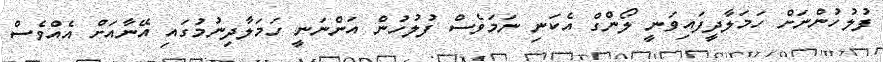
ފުލުހުންނަށް ހަމަލާދީފައިވަނީ ލޯންގް އެކަނި ނަމަވެސް ފުލުހުން އަންނަނީ ހަމަލާދިނުމުގައި އޭނާއަށް އެއްވެސް